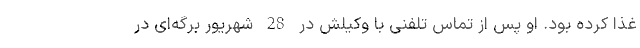
غذا کرده بود. او پس از تماس تلفنی با وکیلش در 28 شهریور برگه‌ای در